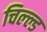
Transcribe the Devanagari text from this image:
चिल्ल्ड